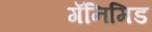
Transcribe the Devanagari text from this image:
गॅनिमिड